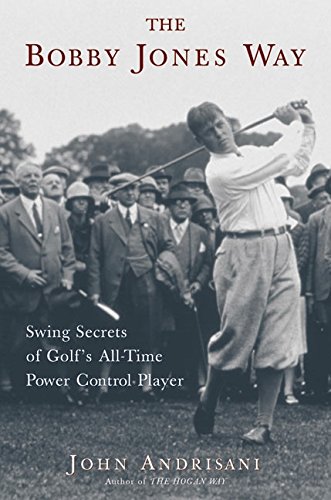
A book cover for The Bobby Jones Way: Swing Secrets of Golf's All-Time Power-Control Player; John Andrisani; Sports & Outdoors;